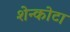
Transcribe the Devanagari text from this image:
शेन्कोटा